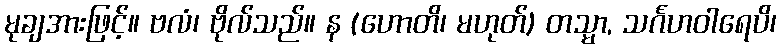
မုချအားဖြင့်။ ဗလံ၊ ဗိုလ်သည်။ န (ဟောတိ၊ မဟုတ်) တသ္မာ, သင်္ဂဟဝါရေပိ၊